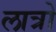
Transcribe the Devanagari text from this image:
लात्रो